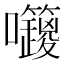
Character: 𡆅